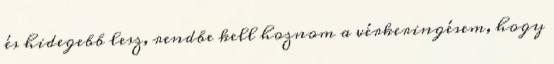
és hidegebb lesz, rendbe kell hoznom a vérkeringésem, hogy